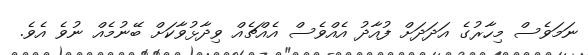
ނަމަވެސް މިހާރުގެ އަދަދަށް ފުއާދު އެއްވެސް އެއްޗެއް ވިދާޅުވާކަށް ބޭނުމެއް ނުވެ އެވެ.